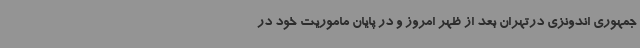
جمهوری اندونزی درتهران بعد از ظهر امروز و در پایان ماموریت خود در